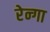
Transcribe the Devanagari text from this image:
रेन्गा